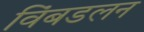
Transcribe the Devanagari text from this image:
विंबडलन